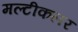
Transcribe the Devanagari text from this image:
मल्टीकलर